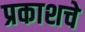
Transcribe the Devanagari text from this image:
प्रकाशचे